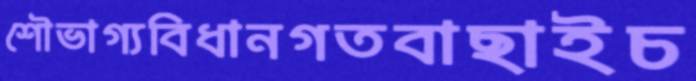
শৌভাগ্যবিধানগতবাছাইচ